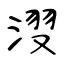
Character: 𣷺